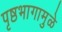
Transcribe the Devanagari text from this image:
पृष्ठभागामुळे